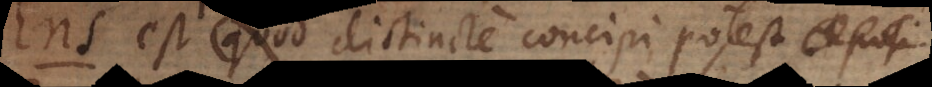
s est quod distincte concipi potestet posi.